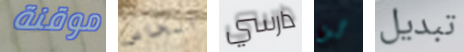
موقنة الخاص دارسي لن تبديل